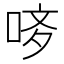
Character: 𠳻